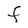
Character: F